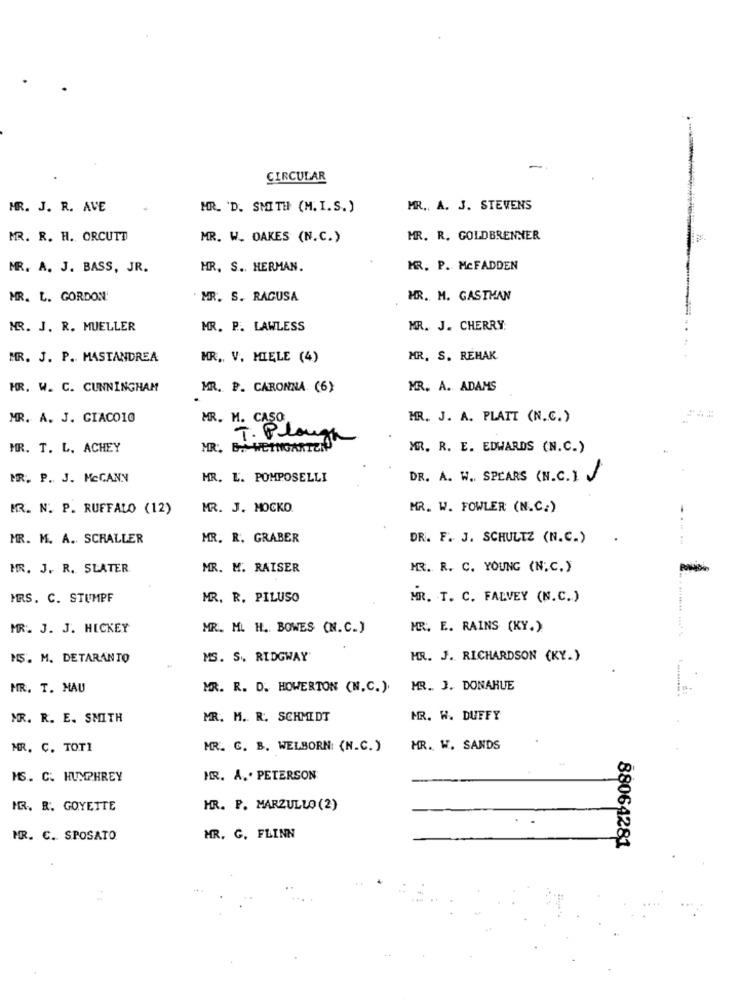
CIRCULAR
MR. J. R. AVE
MR. 'D. SMITH (M. I.S.)
MR ., A. J. STEVENS
MR. R. H. ORCUTT
MR. W. OAKES (N.C.)
MR. R. GOLDBRENNER
MR. A. J. BASS, JR.
HR, S. HERMAN.
MR. P. MCFADDEN
MR. L. GORDON
MR. S. RAGUSA
HR. M. GASTMAN
MR. J. R. MUELLER
MR. P. LAWLESS
MR. J. CHERRY
MR. J. P. MASTANDREA
MR. V. MIELE (4)
MR. S. REHAK
HR. W. C. CUNNINGHAM
MR. P. CARONNA (6)
MR. A. ADAMS
MR. A. J. GIACO10
MR. M. CASO
MR. J. A. PLATT (N.C.)
T. Plough
MR. T. L. ACHEY
MR. B.+ WEINGARTEN
MR. R. E. EDWARDS (N.C.)
MR. P. J. MCCANN
MR. L. POMPOSELLI
DR. A. W .. SPEARS (N.C. 1. J
IR. N. P. RUFFALO (12)
MR. J. MOCKO.
MR. W. FOWLER (N.C.)
-
MR. M. A. SCHALLER
MR. R. GRABER
DR. F. J. SCHULTZ (N.C.)
HR. J. R. SLATER
MR. M. RAISER
MR. R. C. YOUNG (N.C. )
MRS. C. STUMPF
MR. R. PILUSO
MR. T. C. FALVEY (N.C.)
MR. J. J. HICKEY
MR. M. H. BOWES (N.C.)
MR. E. RAINS (KY.).
MS. M. DETARANTO
MS. S ., RIDGWAY'
MR. J. RICHARDSON (KY.)
MR. T. MAU
MR. R. D. HOWERTON (N.C.).
MR. J. DONAHUE
MR. R. E. SMITH
MR. M. R. SCHMIDT
MR. W. DUFFY
MR. C. TOT1
MR. C. B. WELBORN (N.C.)
MR. W. SANDS
MS. C. HUMPHREY
MR. A.' PETERSON
MR. R. GOYETTE
HR. P. MARZULLO (2)
MR. C. SPOSATO
MR. G. FLINN
88064281